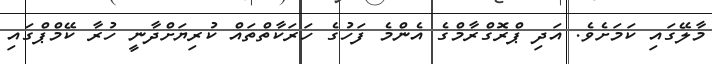
މާލޭގައި ކަމަށެވެ. އަދި ޕްރޮގްރާމްގެ އެންމެ ފަހުގެ ހަރަކާތްތައް ކުރިޔަށްދާނީ ހުރާ ކޭމްޕްގައި